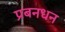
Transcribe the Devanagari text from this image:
प्रबनधन